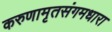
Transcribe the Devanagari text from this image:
करुणामृतसंगमधारा